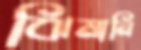
ঝিমানি